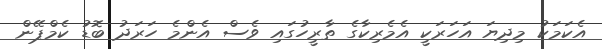
އެކަމަކު މިދިޔަ އަހަރަކީ އެމެރިކާގެ ތާރީހުގައި ވެސް އެންމެ ހަރަދު ބޮޑު ކެމްޕޭން